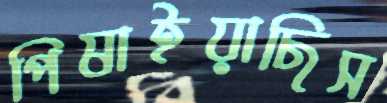
পিষাইয়াছিস